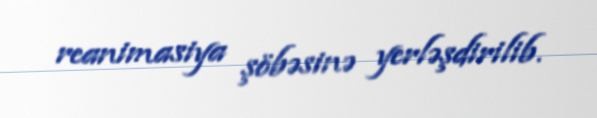
reanimasiya şöbəsinə yerləşdirilib.